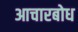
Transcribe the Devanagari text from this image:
आचारबोध